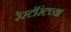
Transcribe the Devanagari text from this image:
रेस्टॉरंटच्या